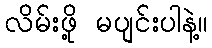
လိမ်းဖို့ မပျင်းပါနဲ့။